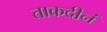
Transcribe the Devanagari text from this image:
ताकदीनं